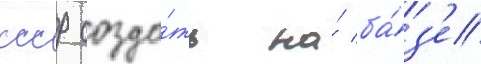
ссср созда́ть на́ ба́з'е